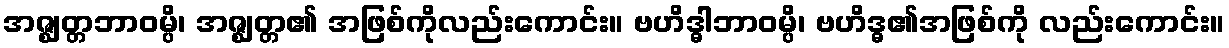
အဇ္ဈတ္တဘာဝမ္ပိ၊ အဇ္ဈတ္တ၏ အဖြစ်ကိုလည်းကောင်း။ ဗဟိဒ္ဓါဘာဝမ္ပိ၊ ဗဟိဒ္ဓ၏အဖြစ်ကို လည်းကောင်း။